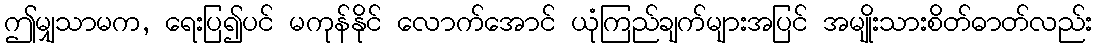
ဤမျှသာမက, ရေးပြ၍ပင် မကုန်နိုင် လောက်အောင် ယုံကြည်ချက်များအပြင် အမျိုးသားစိတ်ဓာတ်လည်း